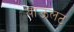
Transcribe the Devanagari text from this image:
याऊलट